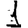
Digit: 1